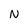
Character: N